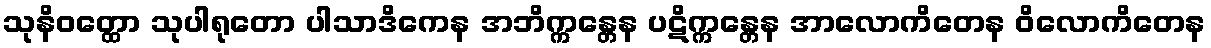
သုနိဝတ္ထော သုပါရုတော ပါသာဒိကေန အဘိက္ကန္တေန ပဋိက္ကန္တေန အာလောကိတေန ဝိလောကိတေန